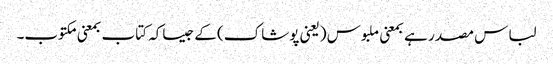
لباس مصدر ہے بمعنی ملبوس (یعنی پوشاک) کے جیساکہ کتاب بمعنی مکتوب۔